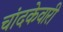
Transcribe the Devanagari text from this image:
चांदकेवारी